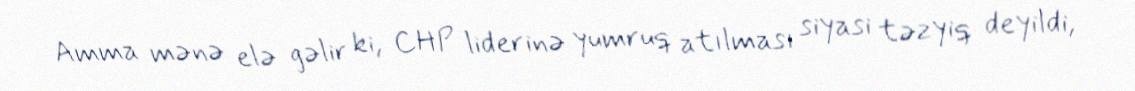
Amma mənə elə gəlir ki, CHP liderinə yumruq atılması siyasi təzyiq deyildi,